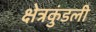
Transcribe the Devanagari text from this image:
क्षेत्रकुंडली